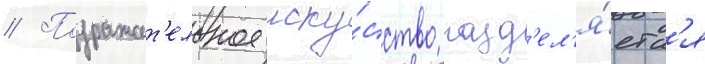
// Подражат'ельное иску́сство разд'ел'я́етс'я